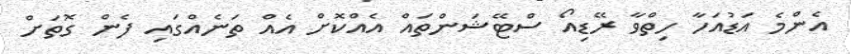
އެންމެ އަޑުއަހާ ހިތްވާ ރޭޑިއޯ ސްޓޭޝަންތައް އެއްކޮށް އެއް ތަނެއްގައި ފެން ގޮތަށް